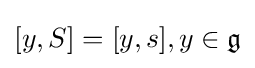
[y,S]=[y,s],y\in {\mathfrak {g}}